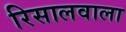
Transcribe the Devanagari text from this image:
रिसालवाला